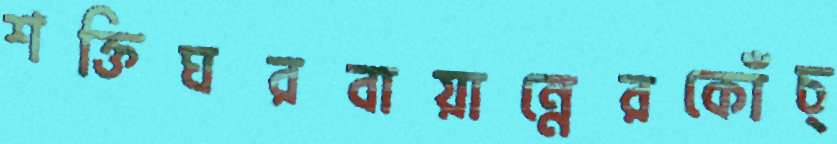
শক্তিঘরবায়ান্নেরকোঁচ্‌